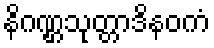
နိဂဏ္ဌသုတ္တာဒိနဝကံ